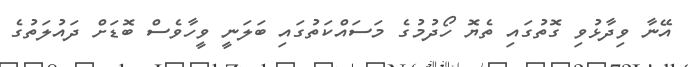
އޭނާ ވިދާޅުވި ގޮތުގައި ތެޔޮ ހޯދުމުގެ މަސައްކަތުގައި ބަލަނީ ވީހާވެސް ބޮޑަށް ދައުލަތުގެ